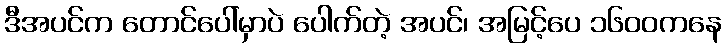
ဒီအပင်က တောင်ပေါ်မှာပဲ ပေါက်တဲ့ အပင်၊ အမြင့်ပေ ၁၆၀၀ကနေ